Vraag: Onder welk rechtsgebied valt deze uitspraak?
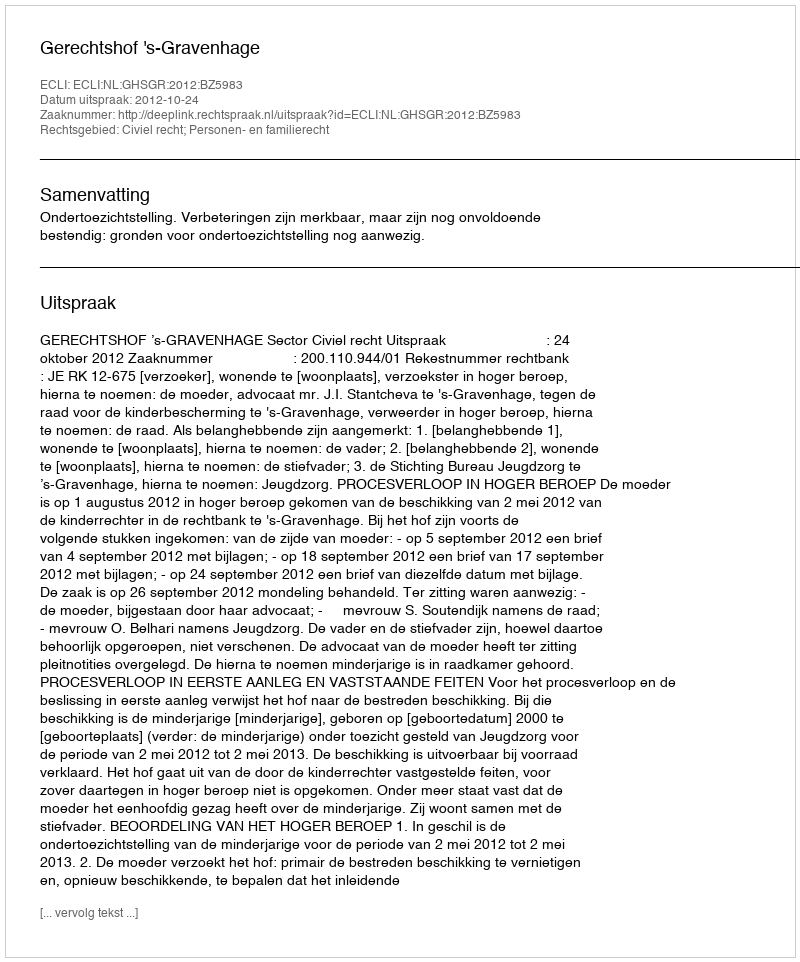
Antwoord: Civiel recht; Personen- en familierecht